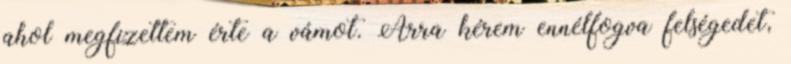
ahol megfizettem érte a vámot. Arra kérem ennélfogva felségedet,